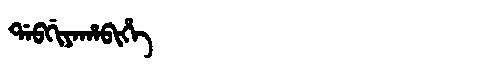
Manchu: ᡩᠠᠪᡤᡳᠶᠠᡥᠠᠪᡳᡥᡝ
Romanization: DABGIYAHABIHE